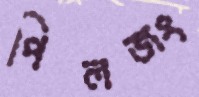
পিলজং